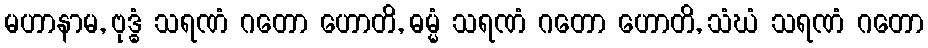
မဟာနာမ, ဗုဒ္ဓံ သရဏံ ဂတော ဟောတိ, ဓမ္မံ သရဏံ ဂတော ဟောတိ, သံဃံ သရဏံ ဂတော